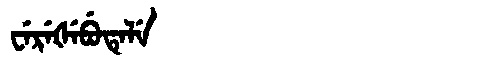
Manchu: ᠸᡝᡵᡝᡧᡝᠪᡠᡨᡝᠯᡝ
Romanization: WEREŠEBUTELE